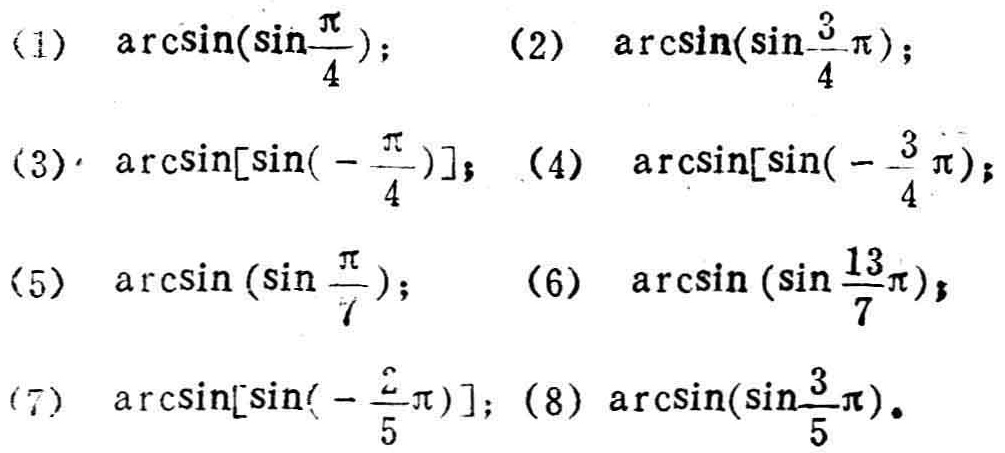
(1) $\arcsin(\sin\frac{\pi}{4})$； (2) $\arcsin(\sin\frac{3}{4}\pi)$；
(3) $\arcsin[\sin(-\frac{\pi}{4})]$； (4) $\arcsin[\sin(-\frac{3}{4}\pi)]$；
(5) $\arcsin(\sin\frac{\pi}{7})$； (6) $\arcsin(\sin\frac{13}{7}\pi)$；
(7) $\arcsin[\sin(-\frac{2}{5}\pi)]$； (8) $\arcsin(\sin\frac{3}{5}\pi)$。